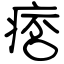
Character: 痞